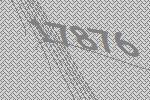
17876